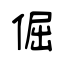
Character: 倔